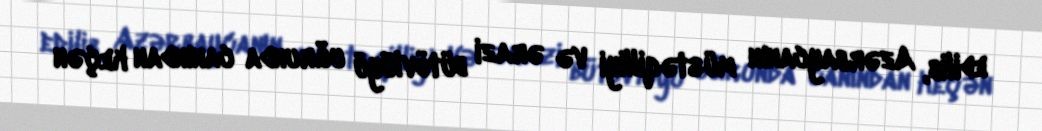
edilib, Azərbaycanın müstəqilliyi və ərazi bütövlüyü uğrunda canından keçən